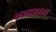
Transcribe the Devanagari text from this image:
कठड्याला